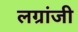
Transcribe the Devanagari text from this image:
लग्रांजी